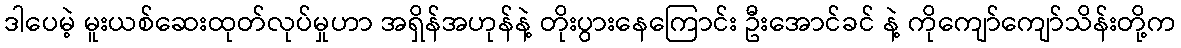
ဒါပေမဲ့ မူးယစ်ဆေးထုတ်လုပ်မှုဟာ အရှိန်အဟုန်နဲ့ တိုးပွားနေကြောင်း ဦးအောင်ခင် နဲ့ ကိုကျော်ကျော်သိန်းတို့က